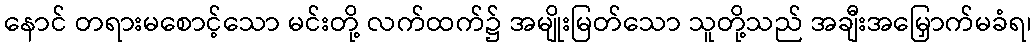
နောင် တရားမစောင့်သော မင်းတို့ လက်ထက်၌ အမျိုးမြတ်သော သူတို့သည် အချီးအမြှောက်မခံရ၊